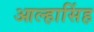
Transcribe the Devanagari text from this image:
आल्हासिंह